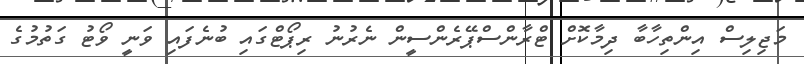
މަޖިލިސް އިންތިހާބާ ދިމާކޮށް ޓްރާންސްޕޭރެންސީން ނެރުނު ރިޕޯޓްގައި ބުނެފައި ވަނީ ވޯޓު ގަތުމުގެ